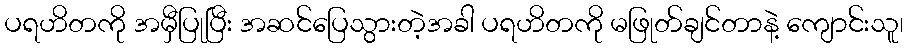
ပရဟိတကို အမှီပြုပြီး အဆင်ပြေသွားတဲ့အခါ ပရဟိတကို မဖြုတ်ချင်တာနဲ့ ကျောင်းသူ၊